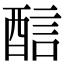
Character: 𨡄